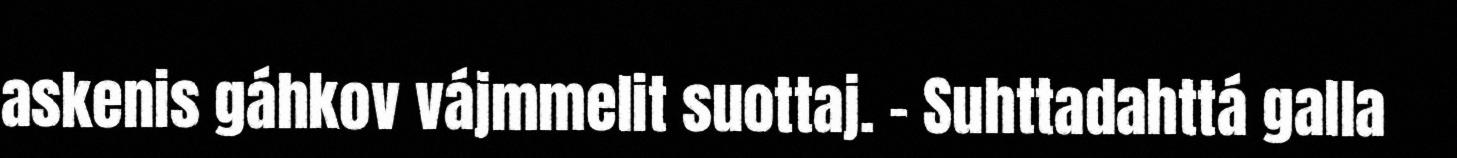
askenis gáhkov vájmmelit suottaj. – Suhttadahttá galla